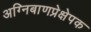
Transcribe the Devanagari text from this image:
अग्निबाणप्रेक्षेपक